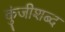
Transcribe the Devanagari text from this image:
कुंजीशब्द